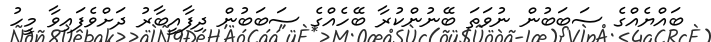
ބައްޔެއްގެ ސަބަބުން ނުވަތަ ބޭނުންކުރާ ބޭހެއްގެ ސަބަބުން ދިފާއީބާރު ދަށްވެފައިވާ މީހު